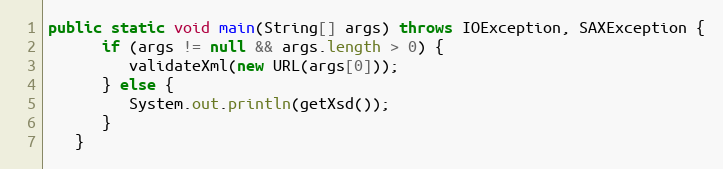
Language: Java
public static void main(String[] args) throws IOException, SAXException {
      if (args != null && args.length > 0) {
         validateXml(new URL(args[0]));
      } else {
         System.out.println(getXsd());
      }
   }